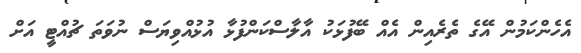
އެހެންކަމުން އޭގެ ތެރެއިން އެއް ބޭފުޅަކު އާލާސްކަންފުޅާ އުޅުއްވިޔަސް ނުވަތަ ޗުއްޓީ އަށް